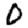
Digit: 0